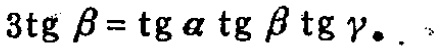
$3\mathrm{tg}\beta=\mathrm{tg}\alpha\mathrm{tg}\beta\mathrm{tg}\gamma$